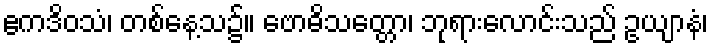
ဧကဒိဝသံ၊ တစ်နေ့သ၌။ ဗောဓိသတ္တော၊ ဘုရားလောင်းသည် ဥယျာနံ၊